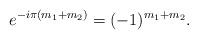
LaTeX: \begin{gather*}e^{-i\pi(m_1+m_2)} = (-1)^{m_1+m_2}.\end{gather*}